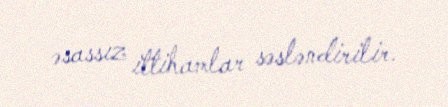
əsassız ittihamlar səsləndirilir.